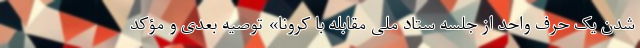
شدن یک حرف واحد از جلسه ستاد ملی مقابله با کرونا» توصیه بعدی و مؤکد